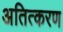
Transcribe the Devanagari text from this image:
अतित्करण